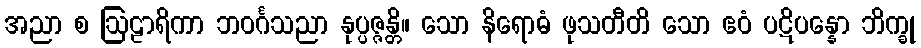
အညာ စ ဩဠာရိကာ ဘဝင်္ဂသညာ နုပ္ပဇ္ဇန္တိ။ သော နိရောဓံ ဖုသတီတိ သော ဧဝံ ပဋိပန္နော ဘိက္ခု